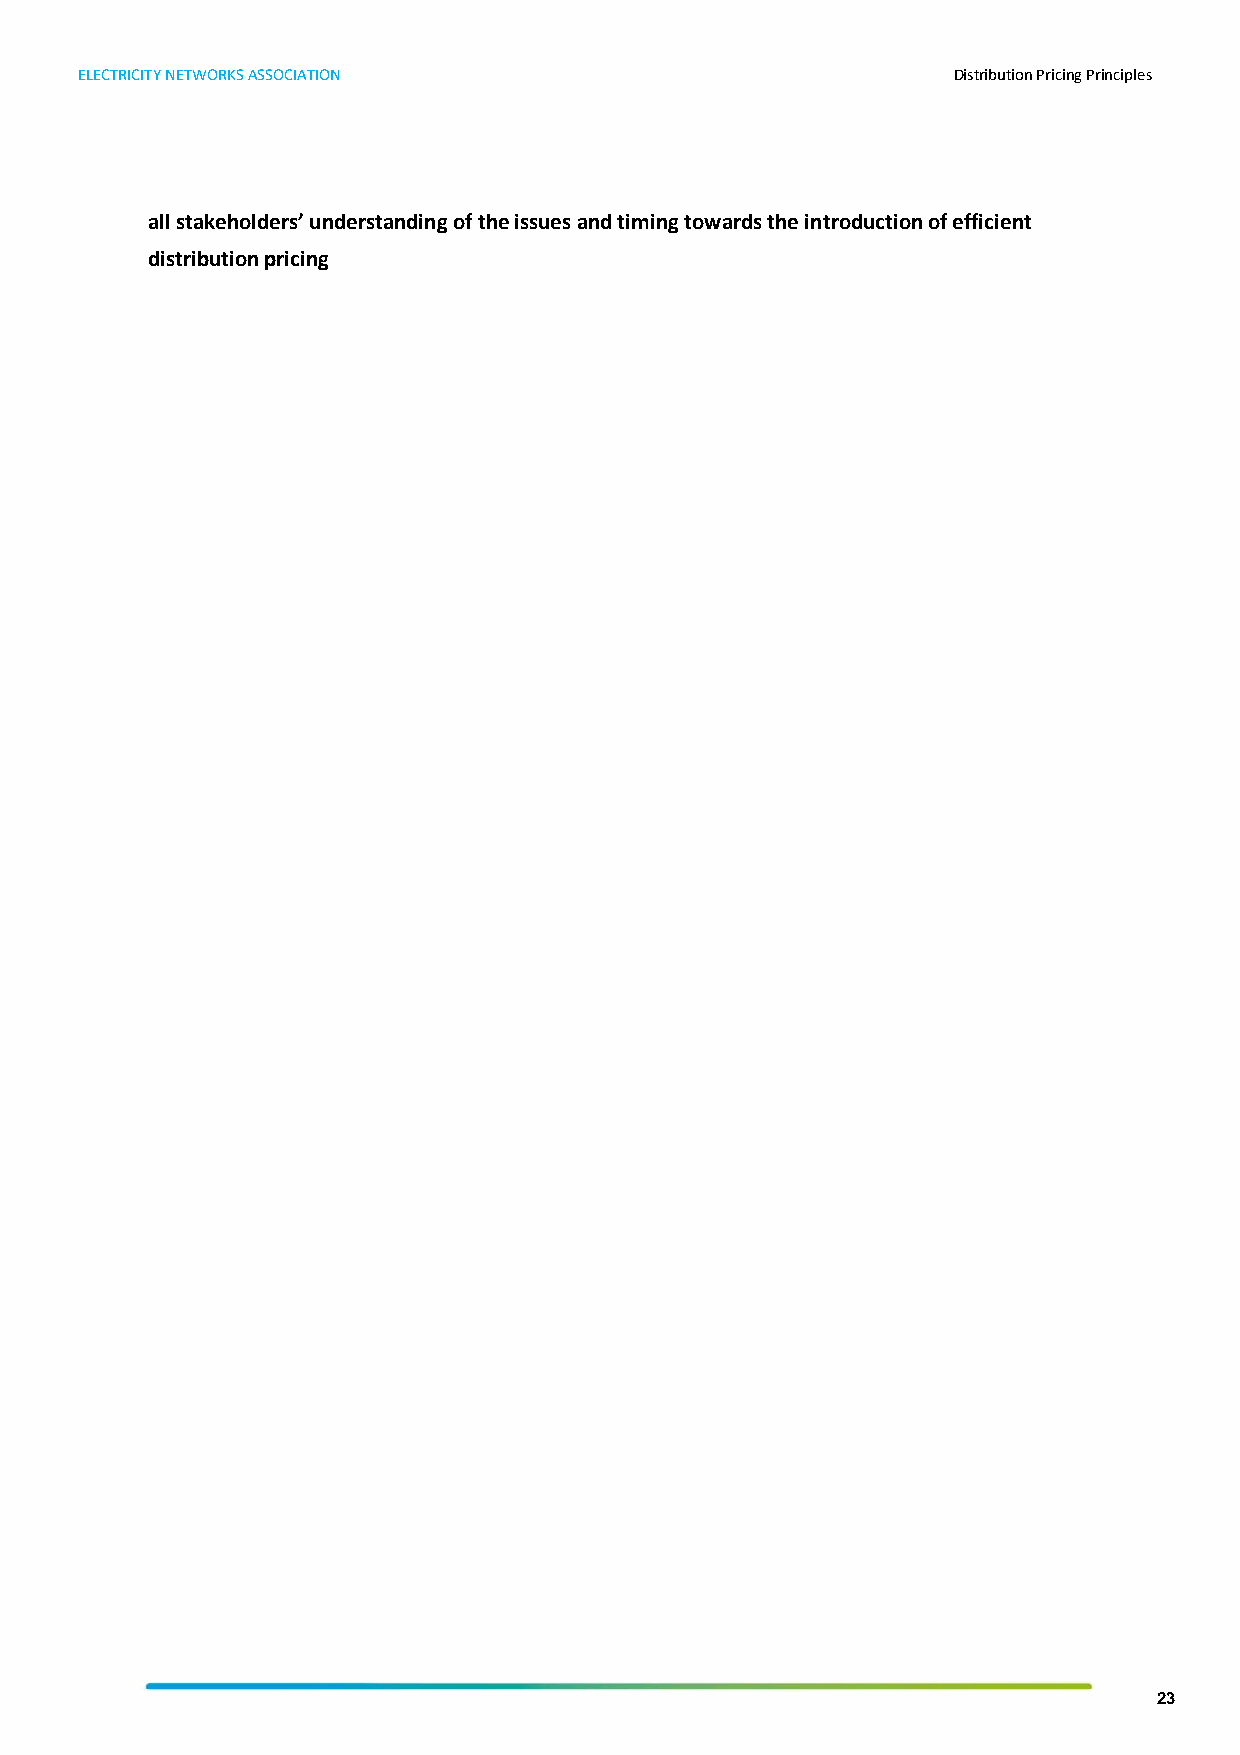
ELECTRICITY NETWORKS ASSOCIATION                          Distribution Pricing Principles
 all stakeholders’ understanding of the issues and timing towards the introduction of efficient
 distribution pricing
 23